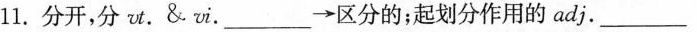
11.分开，分vut.&vi.___→区分的；起划分作用的adj.___